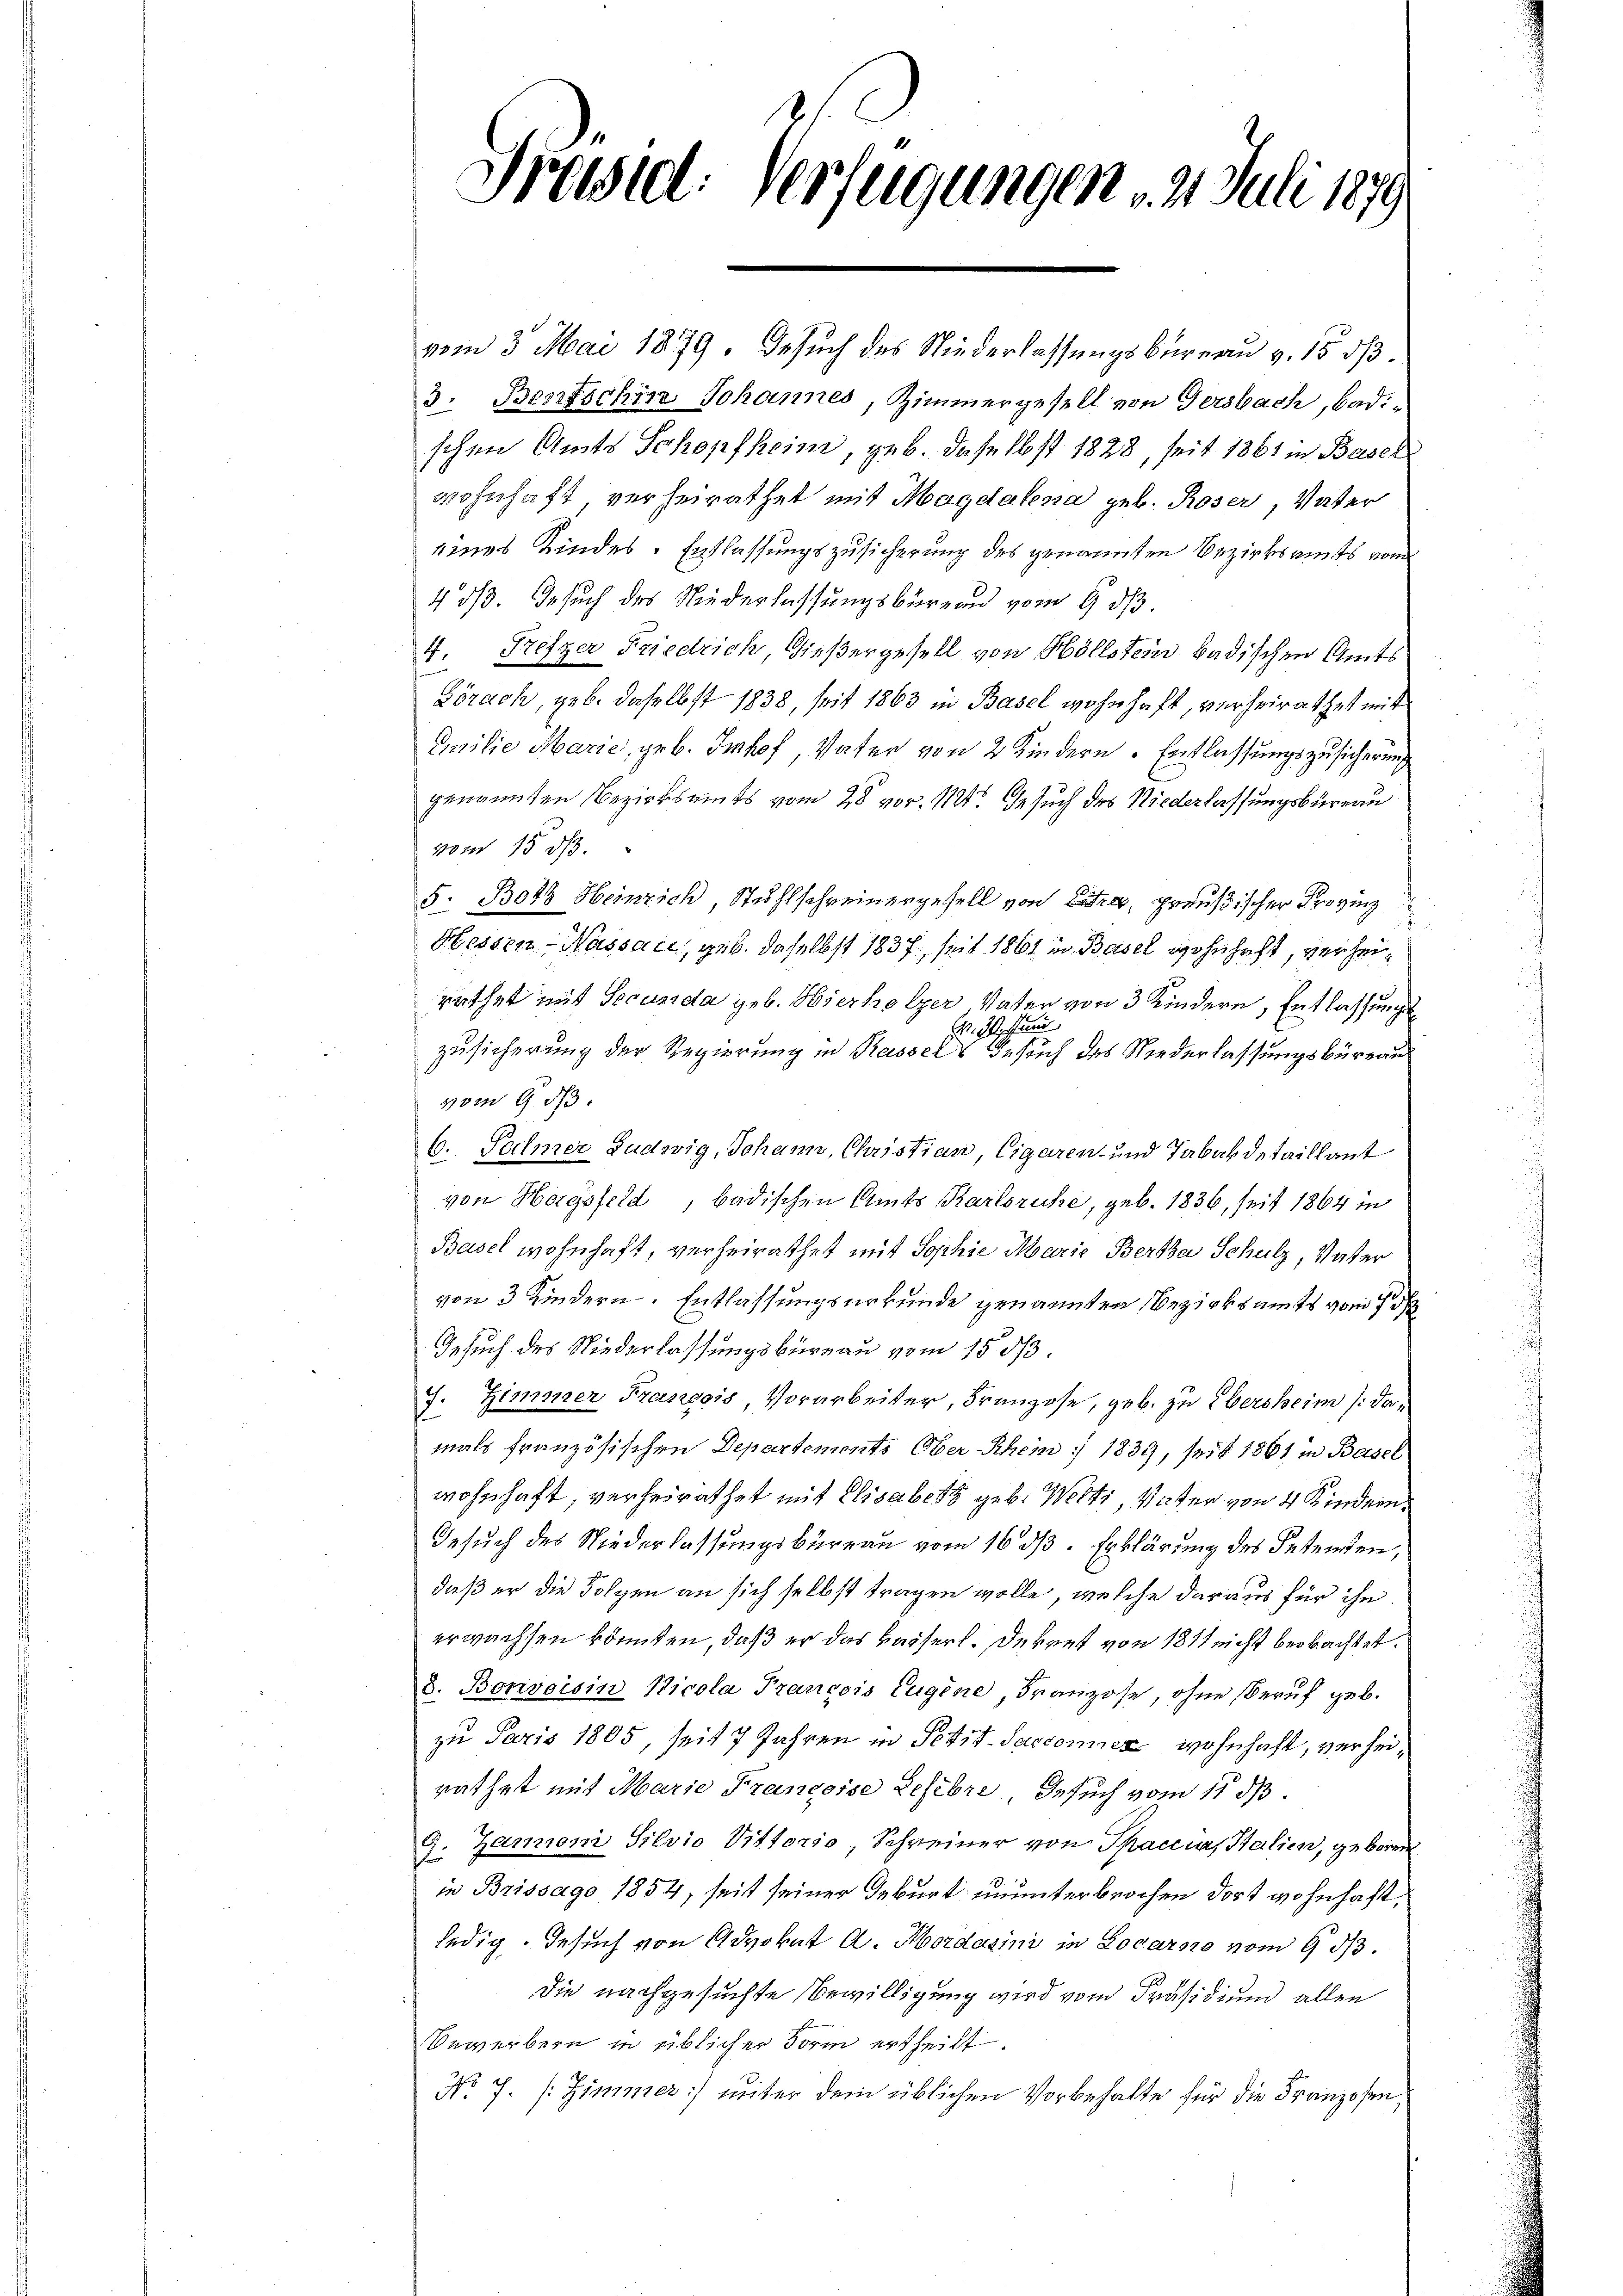
Präsid. Verfügungen , 2. Juli 1879

vom 3. Mai 1849. Gesuch des Niederlassungsbureau v. 15. dß.
3. Bertschin Johannes, Zimmergesell von Gersbach, badi-
schen Amts Schopfheim, geb. daselbst 1828, seit 1861 in Basel
wohnhaft verheirathet mit Magdalena geb. Roser, Vater
eines Kindes-Entlassungszusicherung des genannten Bezirksamts vom
4 53. Gesuch des Niederlassungsbüreau vom 9. ds.
4. Prefzer Friedrich, Gießergesell von Hollstein badischen Amts
Lörach, geb. daselbst 1838, seit 1863 in Basel wohnhaft, verheirathet mit
Emilie Marie, geb. Imhof, Vater von 2 Kindern Entlassungszusicherung
genannten Bezirksamts vom 28 vor. 11. Gesuch des Niederlassungsbureau
vom 15. ds.
5: Botz Heinrich Stuhlschreinergesell von Lutz, preußischer Provinz
2
Hessen-Wassau, geb. daselbst 1837, seit 1861 in Basel wohnhaft, verheiruthet mit Secunda geb. Hierholzer Vater von 3 Kindern, Entlassungs¬
Fr. 3. Jun
Zusicherung der Regierung in Kassels Gesuch des Niederlassungsbüreau
vom 9. 13.
6. Sohner Ludwig, Johann, Christian, Cigaren und Tabar detaillant
von Hagsfeld, badischen Amts Karlsruhe, geb. 1836, seit 1864 in
Basel wohnhaft, verheirathet mit Sophie Marie Bertha Schulz, Vater
von 3 Kindern. Entlassungsurkunde genannten Bezirksamts vom 7 d
Gesuch des Niederlassungsbureau vom 15 1/3.
J. Zimmer François Vorarbeiter, Franzose, geb. zu Übersheim /: damals französischen Departements Ober Rhein : 1839, seit 1861 in Basel
wohnhaft, verheirathet mit Elisabeth geb. Welti, Vater von 4 Kindern
Gesuch des Niederlassungsbureau vom 16. ds. Erklärung des Petenten,
daß er die Folgen an sich selbst tragen wolle, welche daraus für ihn
erwachsen könnten, daß er das Kaiserl. Dekret von 1811 nicht beobachtet.
8. Bonvoisin Nicola Francois Eugene, Franzose, ohne Beruf geb.
zu Paris 1805, seit 7 Jahren in Petit-Sacconner wohnhaft, verheirathet mit Marie Franzeise Lefebri, Gesuch vom 11 d.
9. Zarmoni Silvio Vittorio, Schreiner von Spaccias Stalien, geboren
in Brissago 1854, seit seiner Geburt ununterbrochen dort wohnhaft,
ledig. Gesuch von Advokat A. Mordarini in Locarno vom 9 1/3.
die nachgesuchte Bewilligung wird vom Präsidium allen
Bewerbern in üblicher Form ertheilt.
No 7. [Zimmer] unter dem üblichen Vorbehalte für die Franzosen,